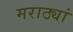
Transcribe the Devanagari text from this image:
मराठ्यां